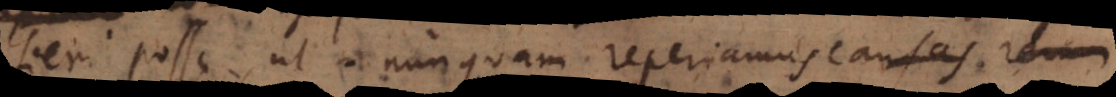
fieri posse, ut nunquam reperiamus causas re